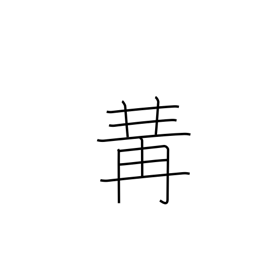
Meaning: put together